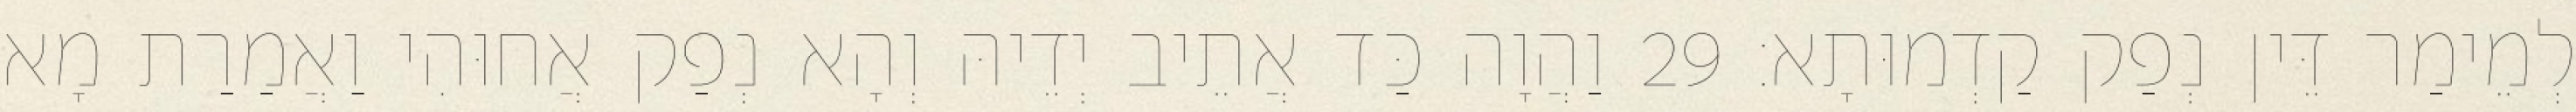
לְמֵימַר דֵּין נְפַק קַדְמוּתָא׃ 29 וַהֲוָה כַּד אֲתֵיב יְדֵיהּ וְהָא נְפַק אֲחוּהִי וַאֲמַרַת מָא